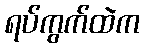
ရပ်ကွက်ထဲက